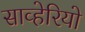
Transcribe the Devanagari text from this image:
साव्हेरियो